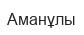
Аманұлы